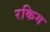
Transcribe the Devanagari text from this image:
रकिम